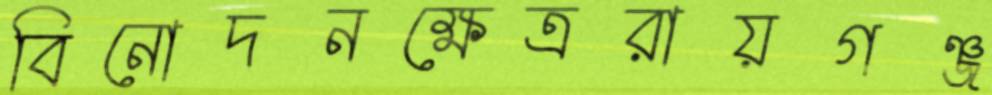
বিনোদনক্ষেত্ররায়গঞ্জ